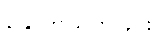
နှောက်ယှက်ခြင်း